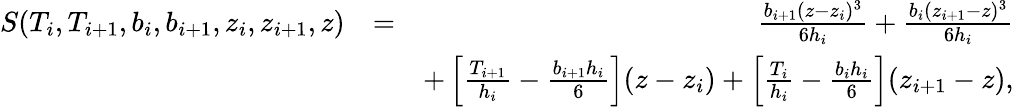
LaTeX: \begin{array}{rlr}{S(T_{i},T_{i+1},b_{i},b_{i+1},z_{i},z_{i+1},z)}&{=}&{\frac{b_{i+1}(z-z_{i})^{3}}{6h_{i}}+\frac{b_{i}(z_{i+1}-z)^{3}}{6h_{i}}}\\ &{}&{+\left[\frac{T_{i+1}}{h_{i}}-\frac{b_{i+1}h_{i}}{6}\right](z-z_{i})+\left[\frac{T_{i}}{h_{i}}-\frac{b_{i}h_{i}}{6}\right](z_{i+1}-z),}\end{array}